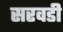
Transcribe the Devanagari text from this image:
सरवडी